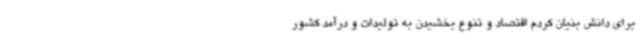
برای دانش بنیان کردم اقتصاد و تنوع بخشیدن به تولیدات و درآمد کشور